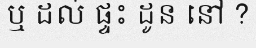
ឬ ដល់ ផ្ទះ ដូន នៅ ?